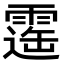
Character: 𩄫